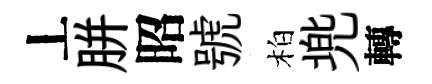
丄胼昭號柏兠轉